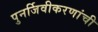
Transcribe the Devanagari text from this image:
पुनर्जिवीकरणांची